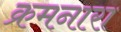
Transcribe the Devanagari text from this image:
क्रमनारा